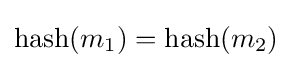
\operatorname {hash} (m_{1})=\operatorname {hash} (m_{2})